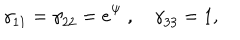
{ \gamma } _ { 1 1 } = { \gamma } _ { 2 2 } = e ^ { \Psi } ~ , ~ { \gamma } _ { 3 3 } = 1 ,